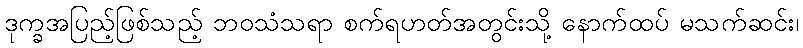
ဒုက္ခအပြည့်ဖြစ်သည့် ဘဝသံသရာ စက်ရဟတ်အတွင်းသို့ နောက်ထပ် မသက်ဆင်း၊